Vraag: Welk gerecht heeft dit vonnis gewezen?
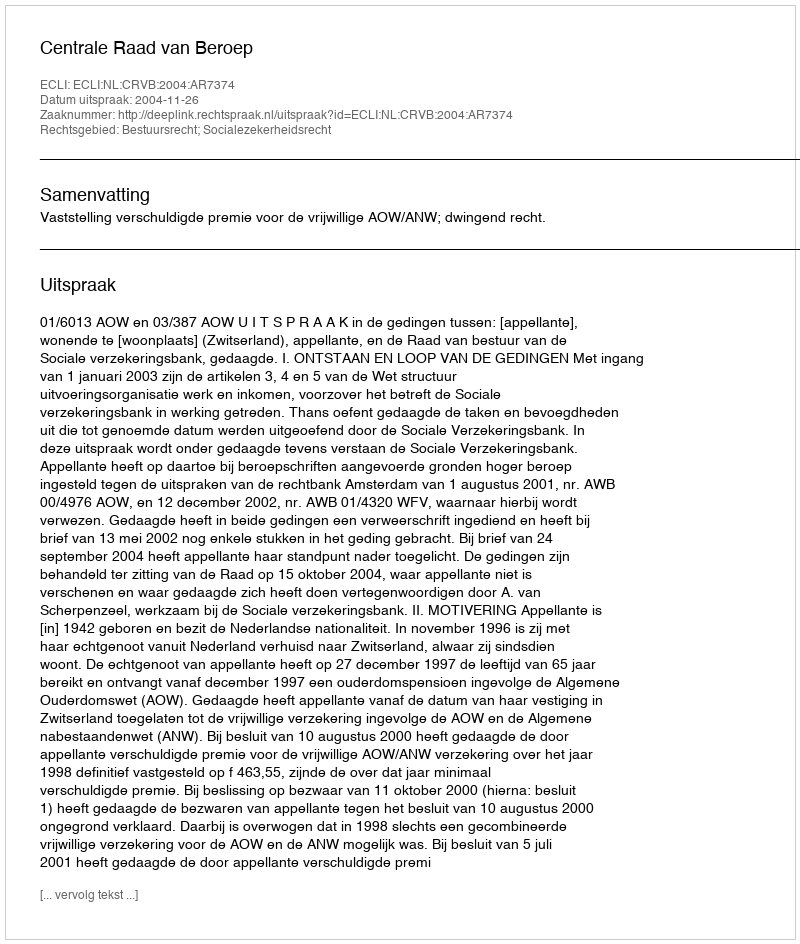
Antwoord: Centrale Raad van Beroep